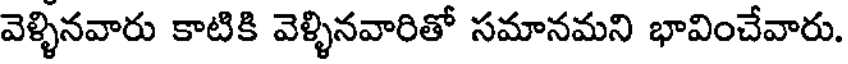
వెళ్ళినవారు కాటికి వెళ్ళినవారితో సమానమని భావించేవారు.